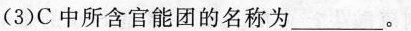
(3)C中所含官能团的名称为______。